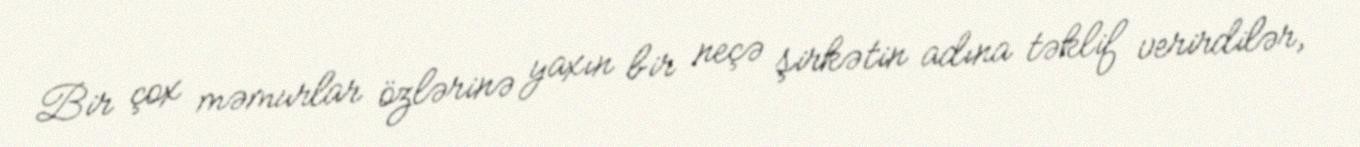
Bir çox məmurlar özlərinə yaxın bir neçə şirkətin adına təklif verirdilər,